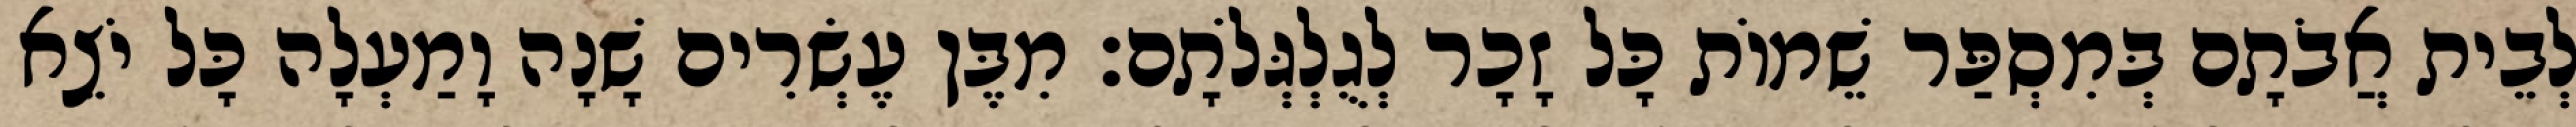
לְבֵית אֲבֹתָם בְּמִסְפַּר שֵׁמוֹת כָּל זָכָר לְגֻלְגְּלֹתָם׃ מִבֶּן עֶשְׂרִים שָׁנָה וָמַעְלָה כָּל יֹצֵא